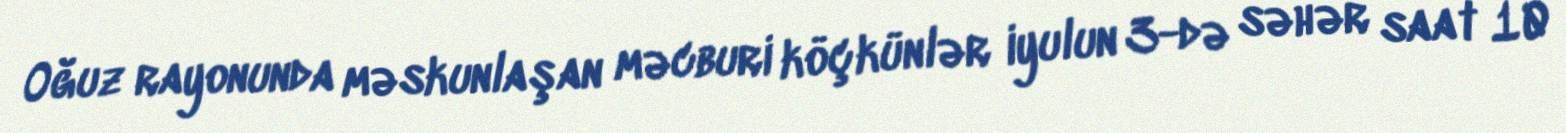
Oğuz rayonunda məskunlaşan məcburi köçkünlər iyulun 3-də səhər saat 10